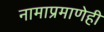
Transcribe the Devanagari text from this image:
नामाप्रमाणेही